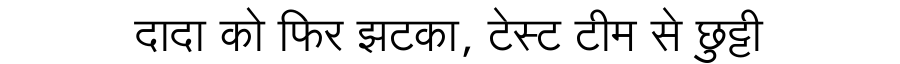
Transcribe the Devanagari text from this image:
दादा को फिर झटका, टेस्ट टीम से छुट्टी